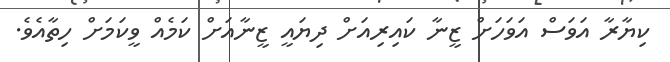
ކިޔާރާ އަވަސް އަވަހަށް ޒީނާ ކައިރިއަށް ދިޔައީ ޒީނާއަށް ކަމެއް ވީކަމަށް ހިތާއެވެ.